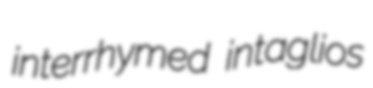
interrhymed intaglios